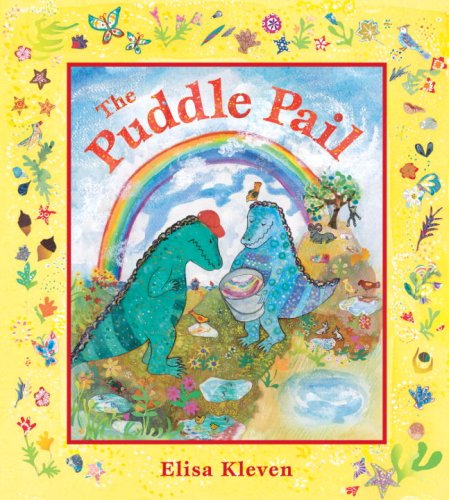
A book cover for The Puddle Pail; Elisa Kleven; Children's Books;